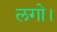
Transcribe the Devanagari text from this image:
लगो।